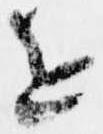
を